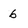
Character: 6